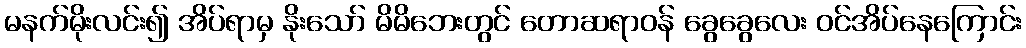
မနက်မိုးလင်း၍ အိပ်ရာမှ နိုးသော် မိမိဘေးတွင် တောဆရာဝန် ခွေခွေလေး ဝင်အိပ်နေကြောင်း